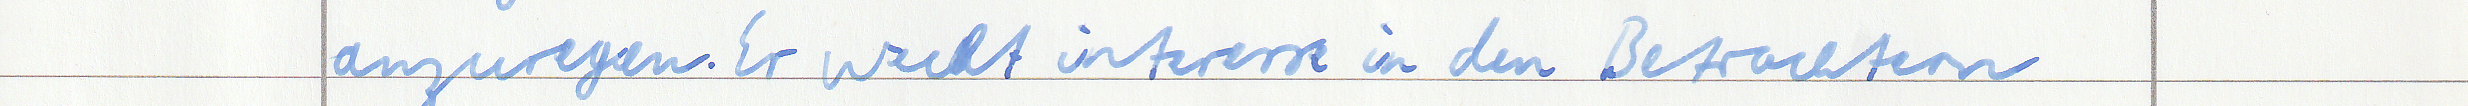
anzuregen. Er weckt interesse in den Betrachtern